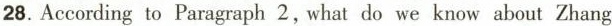
28.According to Paragraph 2,what do we know about Zhang